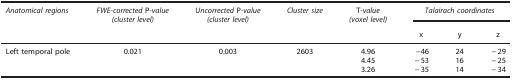
<table><thead><tr><td><b><i>Anatomical regions</i></b></td><td><b><i>FWE-corrected</i> P<i>-value</i><i>(cluster level)</i></b></td><td><b><i>Uncorrected</i>P <i>-value</i><i>(cluster level)</i></b></td><td><b><i>Cluster size</i></b></td><td><b>T<i>-value</i><i>(voxel level)</i></b></td><td colspan="3"><b><i>Talairach coordinates</i></b></td></tr><tr><td><b> </b></td><td><b> </b></td><td><b> </b></td><td><b> </b></td><td><b> </b></td><td><b>x</b></td><td><b>y</b></td><td><b>z</b></td></tr></thead><tbody><tr><td>Left temporal pole</td><td>0.021</td><td>0.003</td><td>2603</td><td>4.96</td><td>−46</td><td>24</td><td>−29</td></tr><tr><td> </td><td> </td><td> </td><td> </td><td>4.45</td><td>−53</td><td>16</td><td>−25</td></tr><tr><td> </td><td> </td><td> </td><td> </td><td>3.26</td><td>−35</td><td>14</td><td>−34</td></tr></tbody></table>